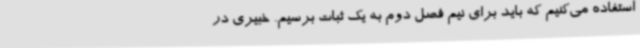
استفاده می‌کنیم که باید برای نیم فصل دوم به یک ثبات برسیم. خبیری در